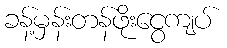
ခန့်မှန်းတန်ဖိုးငွေကျပ်